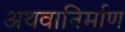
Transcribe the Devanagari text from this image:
अथवानिर्माण